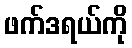
ဖက်ဒရယ်ကို